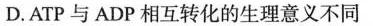
D.ATP与ADP相互转化的生理意义不同